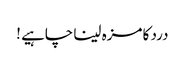
درد کا مزہ لینا چاہیے !